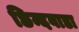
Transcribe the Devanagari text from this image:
छिन्दवाडा